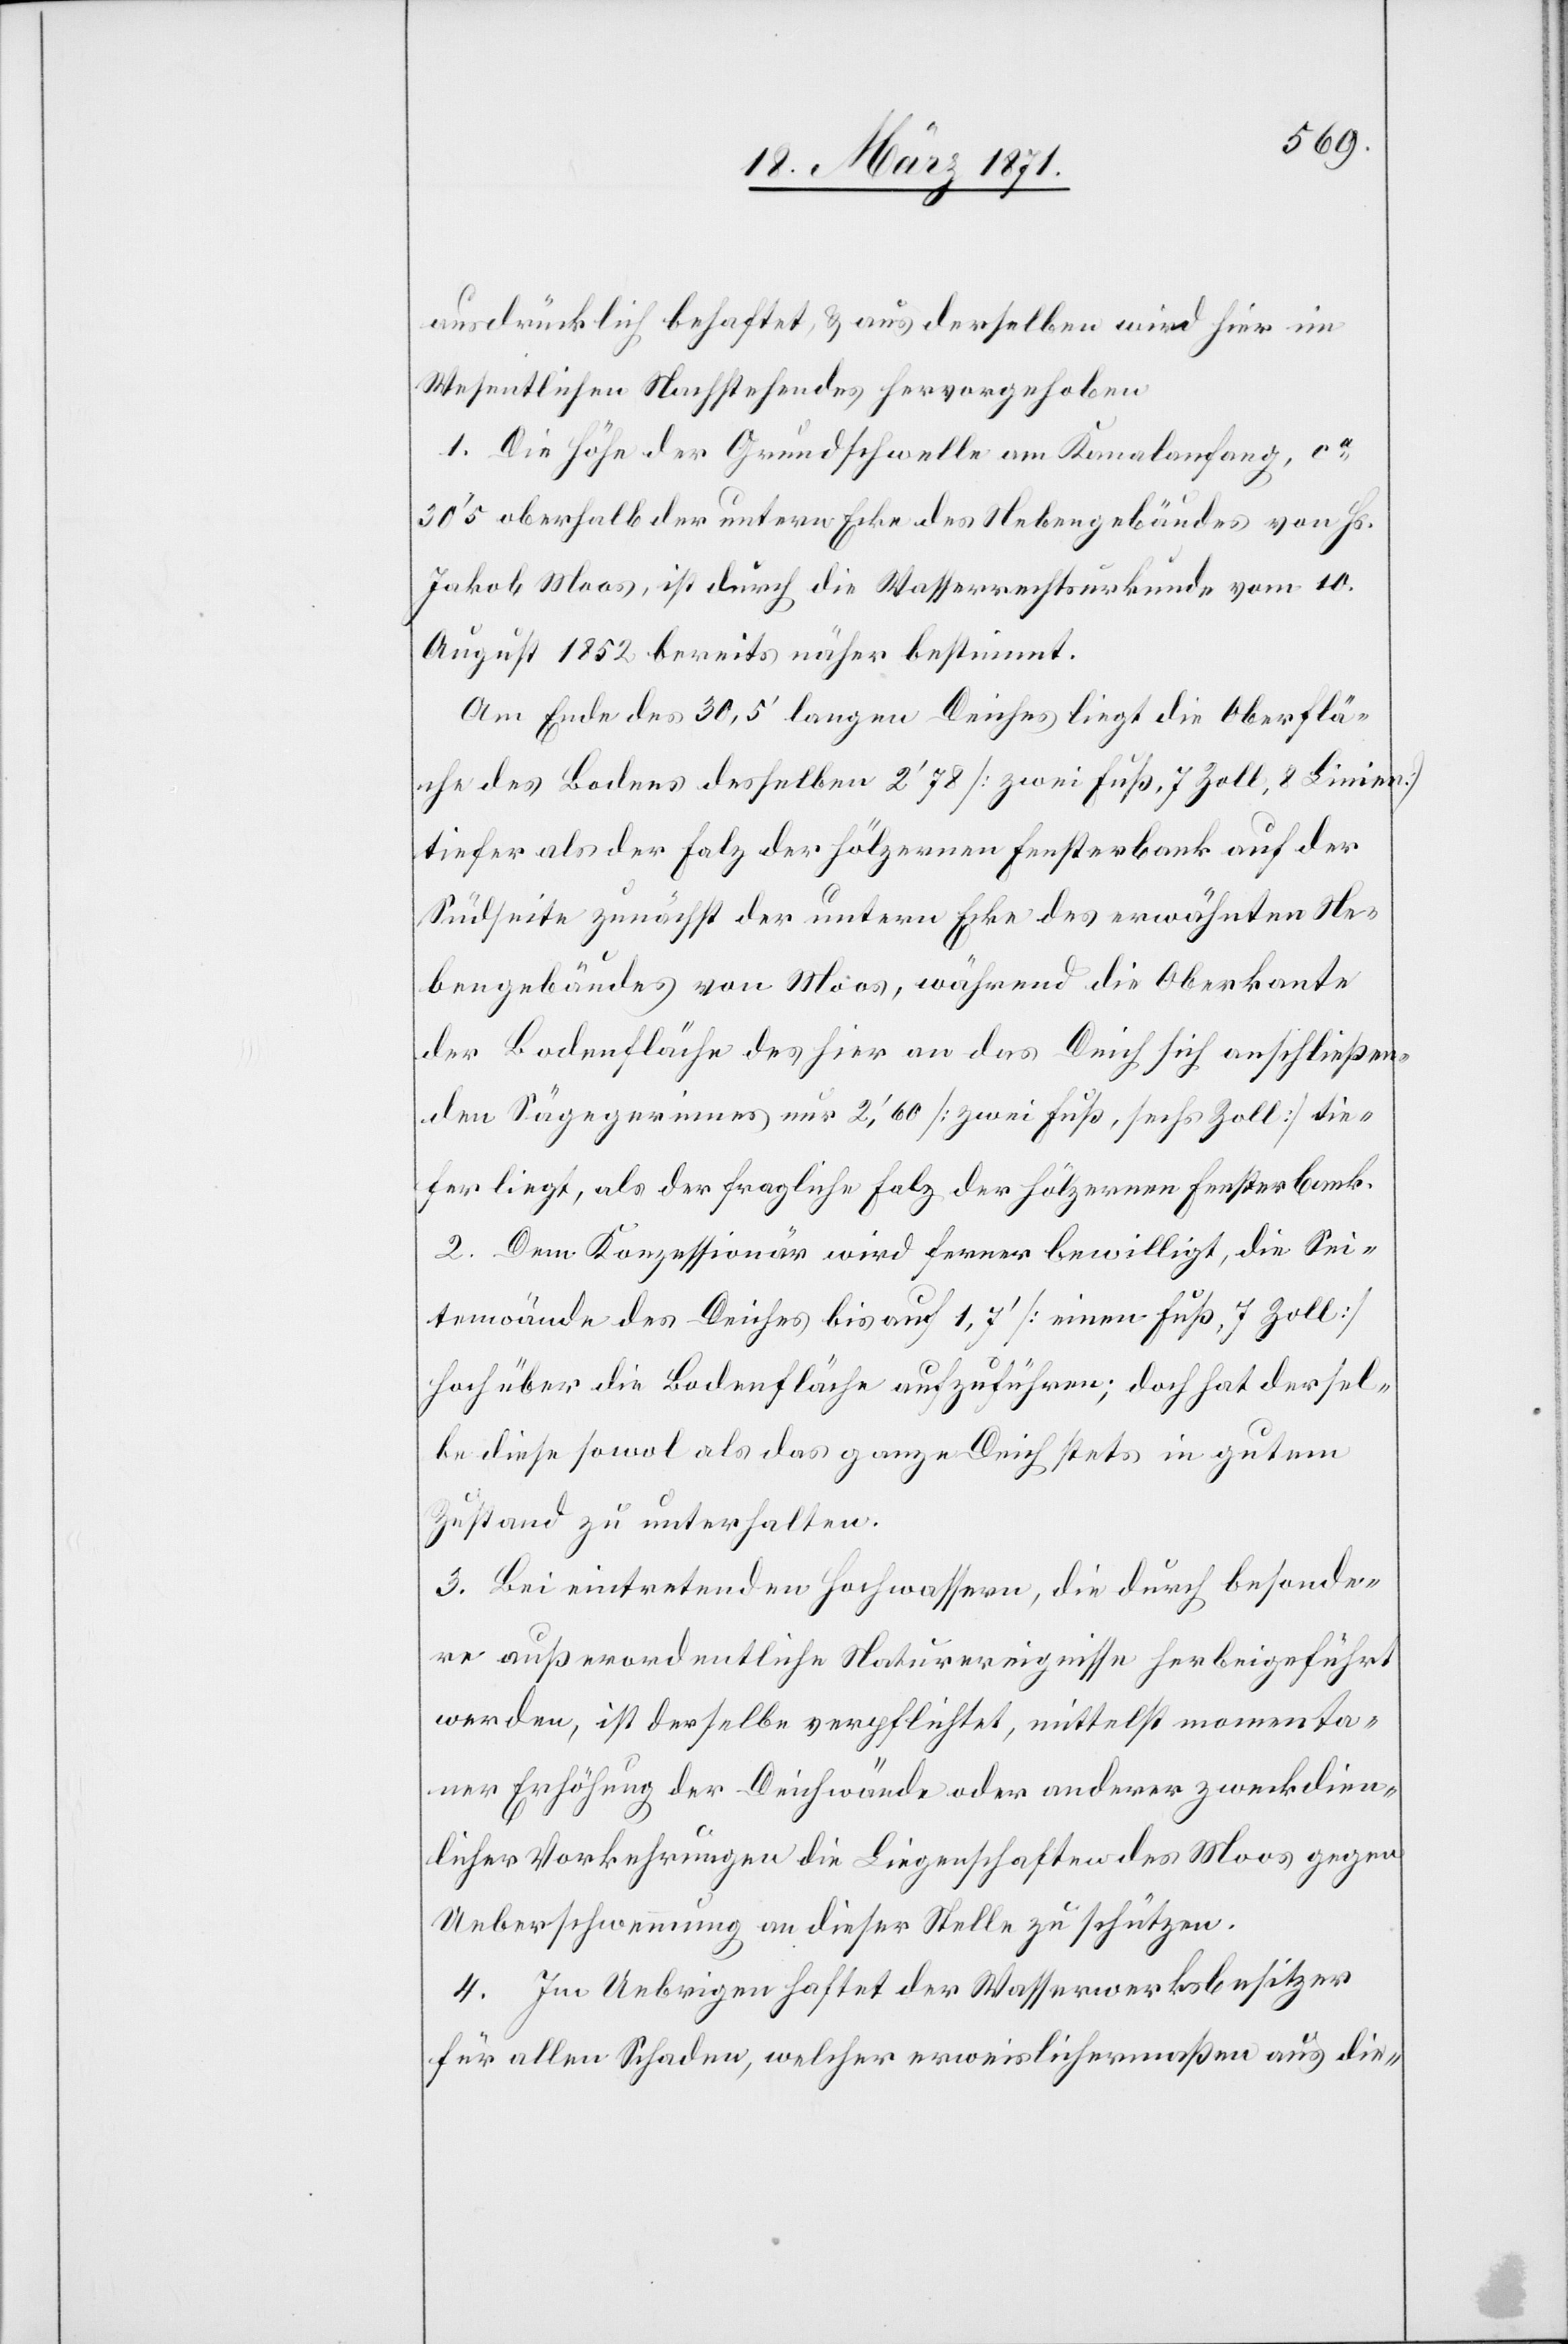
ausdrücklich behaftet, u. aus derselben wird hier im
Wesentlichen Nachstehendes hervorgehoben.
1. Die Höhe der Grundschwelle am Kanalanfang, ca.
30‘5 oberhalb der untern Ecke des Nebengebäudes von Hs.
Jakob Moos, ist durch die Wasserrechtsurkunde vom 10.
August 1852 bereits näher bestimmt.
Am Ende des 30,5‘ langen Deiches liegt die Oberflä¬
che des Bodens desselben 2’78 [zwei Fuß, 7 Zoll, 8 Linien]
tiefer als der Falz der hölzernen Fensterbank auf der
Südseite zunächst der untern Ecke des erwähnten Ne¬
bengebäudes von Moos, während die Oberkante
der Bodenfläche des hier an das Deich sich anschließen¬
den Sägegerinnes nur 2,’60 [zwei Fuß, sechs Zoll] tie¬
fer liegt, als der fragliche Falz der hölzernen Fensterbank.
2. Dem Konzessionär wird ferner bewilligt, die Sei¬
tenwände des Deiches bis auf 1,7‘ [einen Fuß, 7 Zoll]
hoch über die Bodenfläche aufzuführen; doch hat dersel¬
be diese sowol als das ganze Deich stets in gutem
Zustand zu unterhalten.
3. Bei eintretenden Hochwassern, die durch besonde¬
re außerordentliche Naturereignisse herbeigeführt
werden, ist derselbe verpflichtet, mittelst momenta¬
ner Erhöhung der Deichwände oder anderer zweckdien¬
licher Vorkehrungen die Liegenschaften des Moos gegen
Ueberschwemmung an dieser Stelle zu schützen.
4. Im Uebrigen haftet der Wasserwerksbesitzer
für allen Schaden, welcher erweislichermaßen aus die-